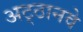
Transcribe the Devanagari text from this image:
अट्‍ठानवे